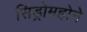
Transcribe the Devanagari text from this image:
सिंड्रोमहोने